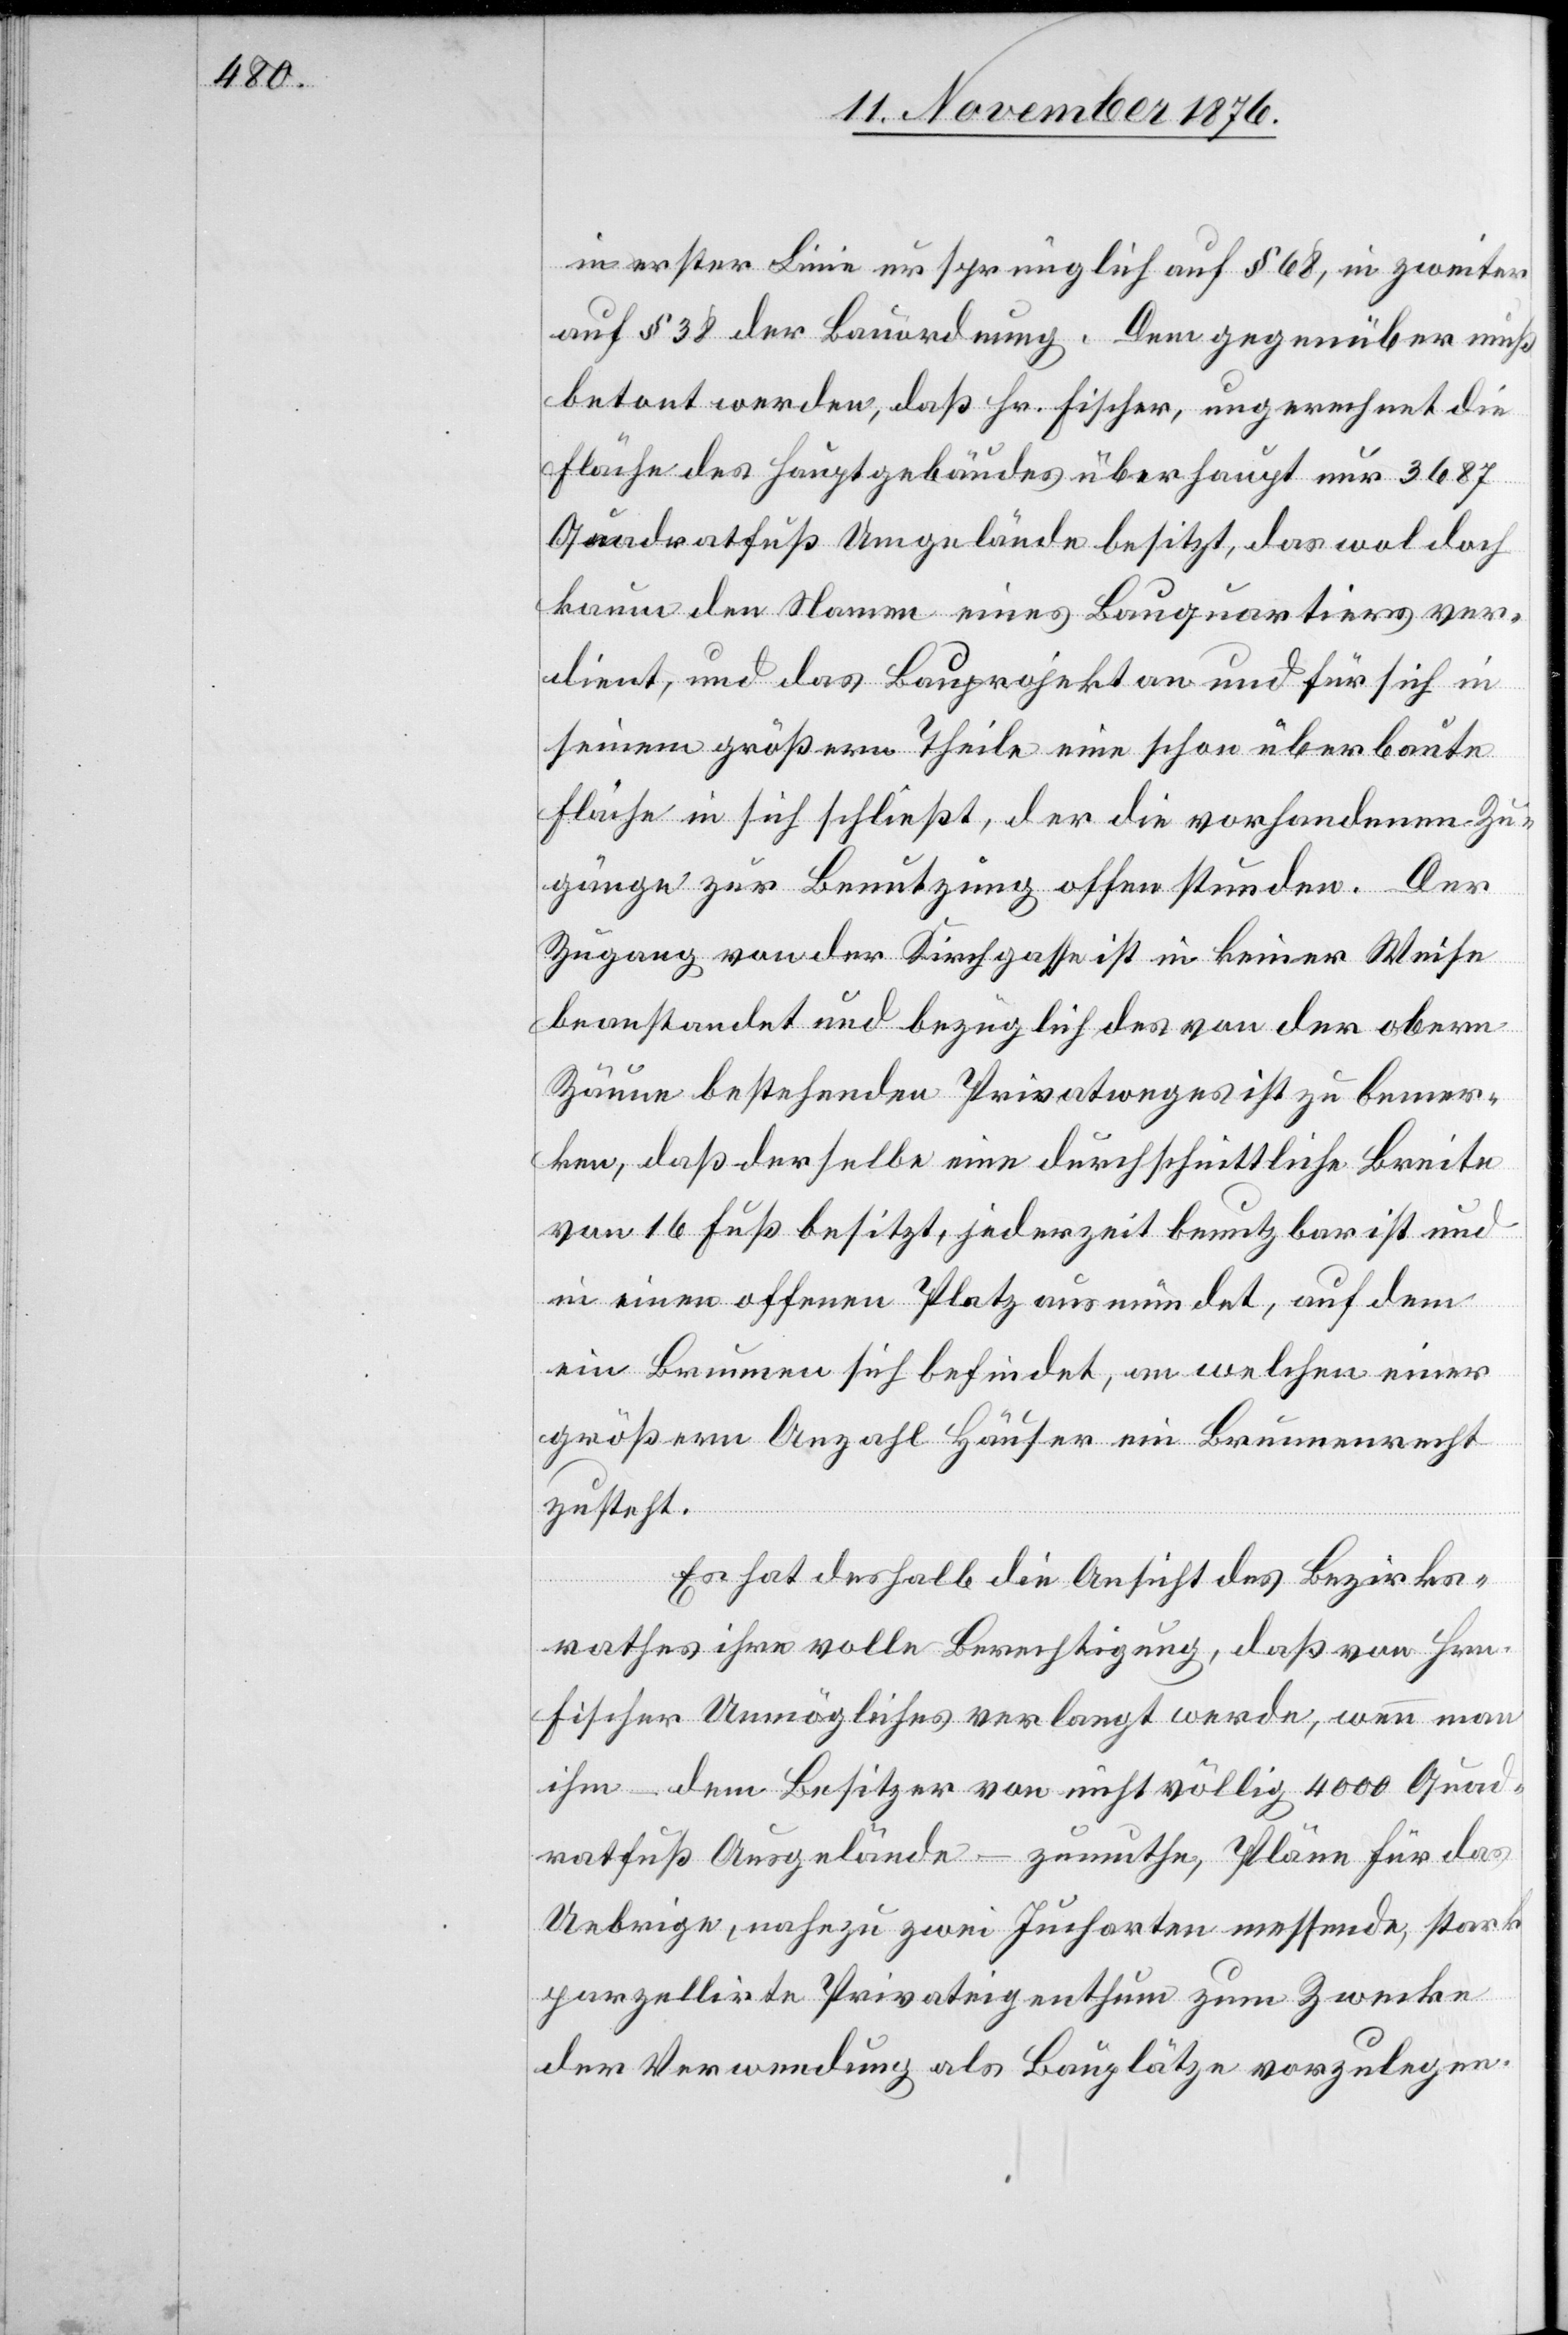
in erster Linie ursprünglich auf § 68, in zweiter
auf § 38 der Bauordnung. Dem gegenüber muß
betont werden, daß Hr. Fischer, ungerechnet die
Fläche des Hauptgebäudes überhaupt nur 3687
Quadratfuß Umgelände besitzt, das wol doch
kaum den Namen eines Bauquartiers ver¬
dient, und das Bauprojekt an und für sich in
seinem größern Theile eine schon überbaute
Fläche in sich schließt, der die vorhandenen Zu¬
gänge zur Benutzung offen stunden. Der
Zugang von der Kirchgasse ist in keiner Weise
beanstandet und bezüglich des von der obern
Zäune bestehenden Privatweges ist zu bemer¬
ken, daß derselbe eine durchschnittliche Breite
von 16 Fuß besitzt, jederzeit benutzbar ist und
in einen offenen Platz ausmündet, auf dem
ein Brunnen sich befindet, an welchen einer
größern Anzahl Häuser ein Brunnenrecht
zusteht.
Es hat deshalb die Ansicht des Bezirks¬
rathes ihre volle Berechtigung, daß von Hrn.
Fischer Unmögliches verlangt werde, wenn man
ihm – dem Besitzer von nicht völlig 4000 Quad¬
ratfuß Ausgelände – zumuthe, Pläne für das
Uebrige, nahezu zwei Jucharten messende, stark
parzellirte Privateigenthum zum Zwecke
der Verwendung als Bauplätze vorzulegen.